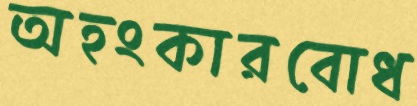
অহংকারবোধ